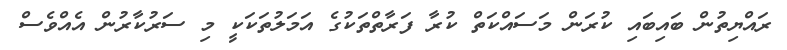
ރައްޔިތުން ބައިބައި ކުރަން މަސައްކަތް ކުރާ ފަރާތްތަކުގެ އަމަލުތަކަކީ މި ސަރުކާރުން އެއްވެސް